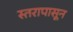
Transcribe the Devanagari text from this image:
स्तरापासून